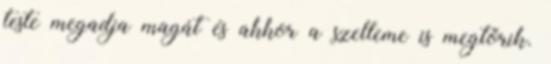
teste megadja magát és akkor a szelleme is megtörik.